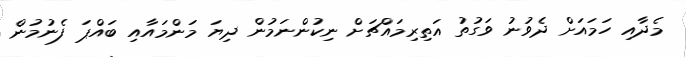
މެދާއި ހަމައަށް ދެވުނު ވަގުތު އަތިރިމައްޗަށް ނިކުންނަމުން ދިޔަ މަންމައާއި ބައްޕަ ފެނުމުން